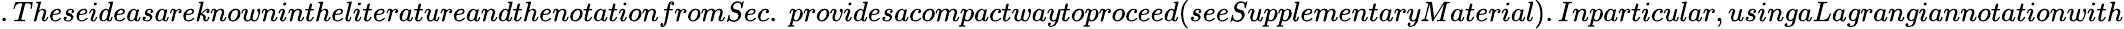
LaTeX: .TheseideasareknownintheliteratureandthenotationfromSec.~providesacompactwaytoproceed(seeSupplementaryMaterial).Inparticular,usingaLagrangiannotationwith